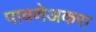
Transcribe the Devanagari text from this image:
पावणेअकरा